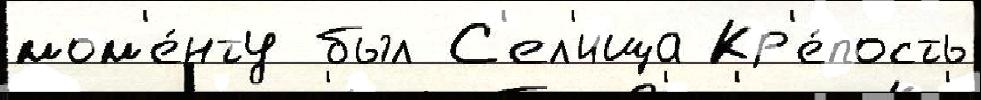
мом'е́нту был С'ел'ища Кр'е́пость